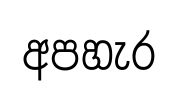
අපහැර